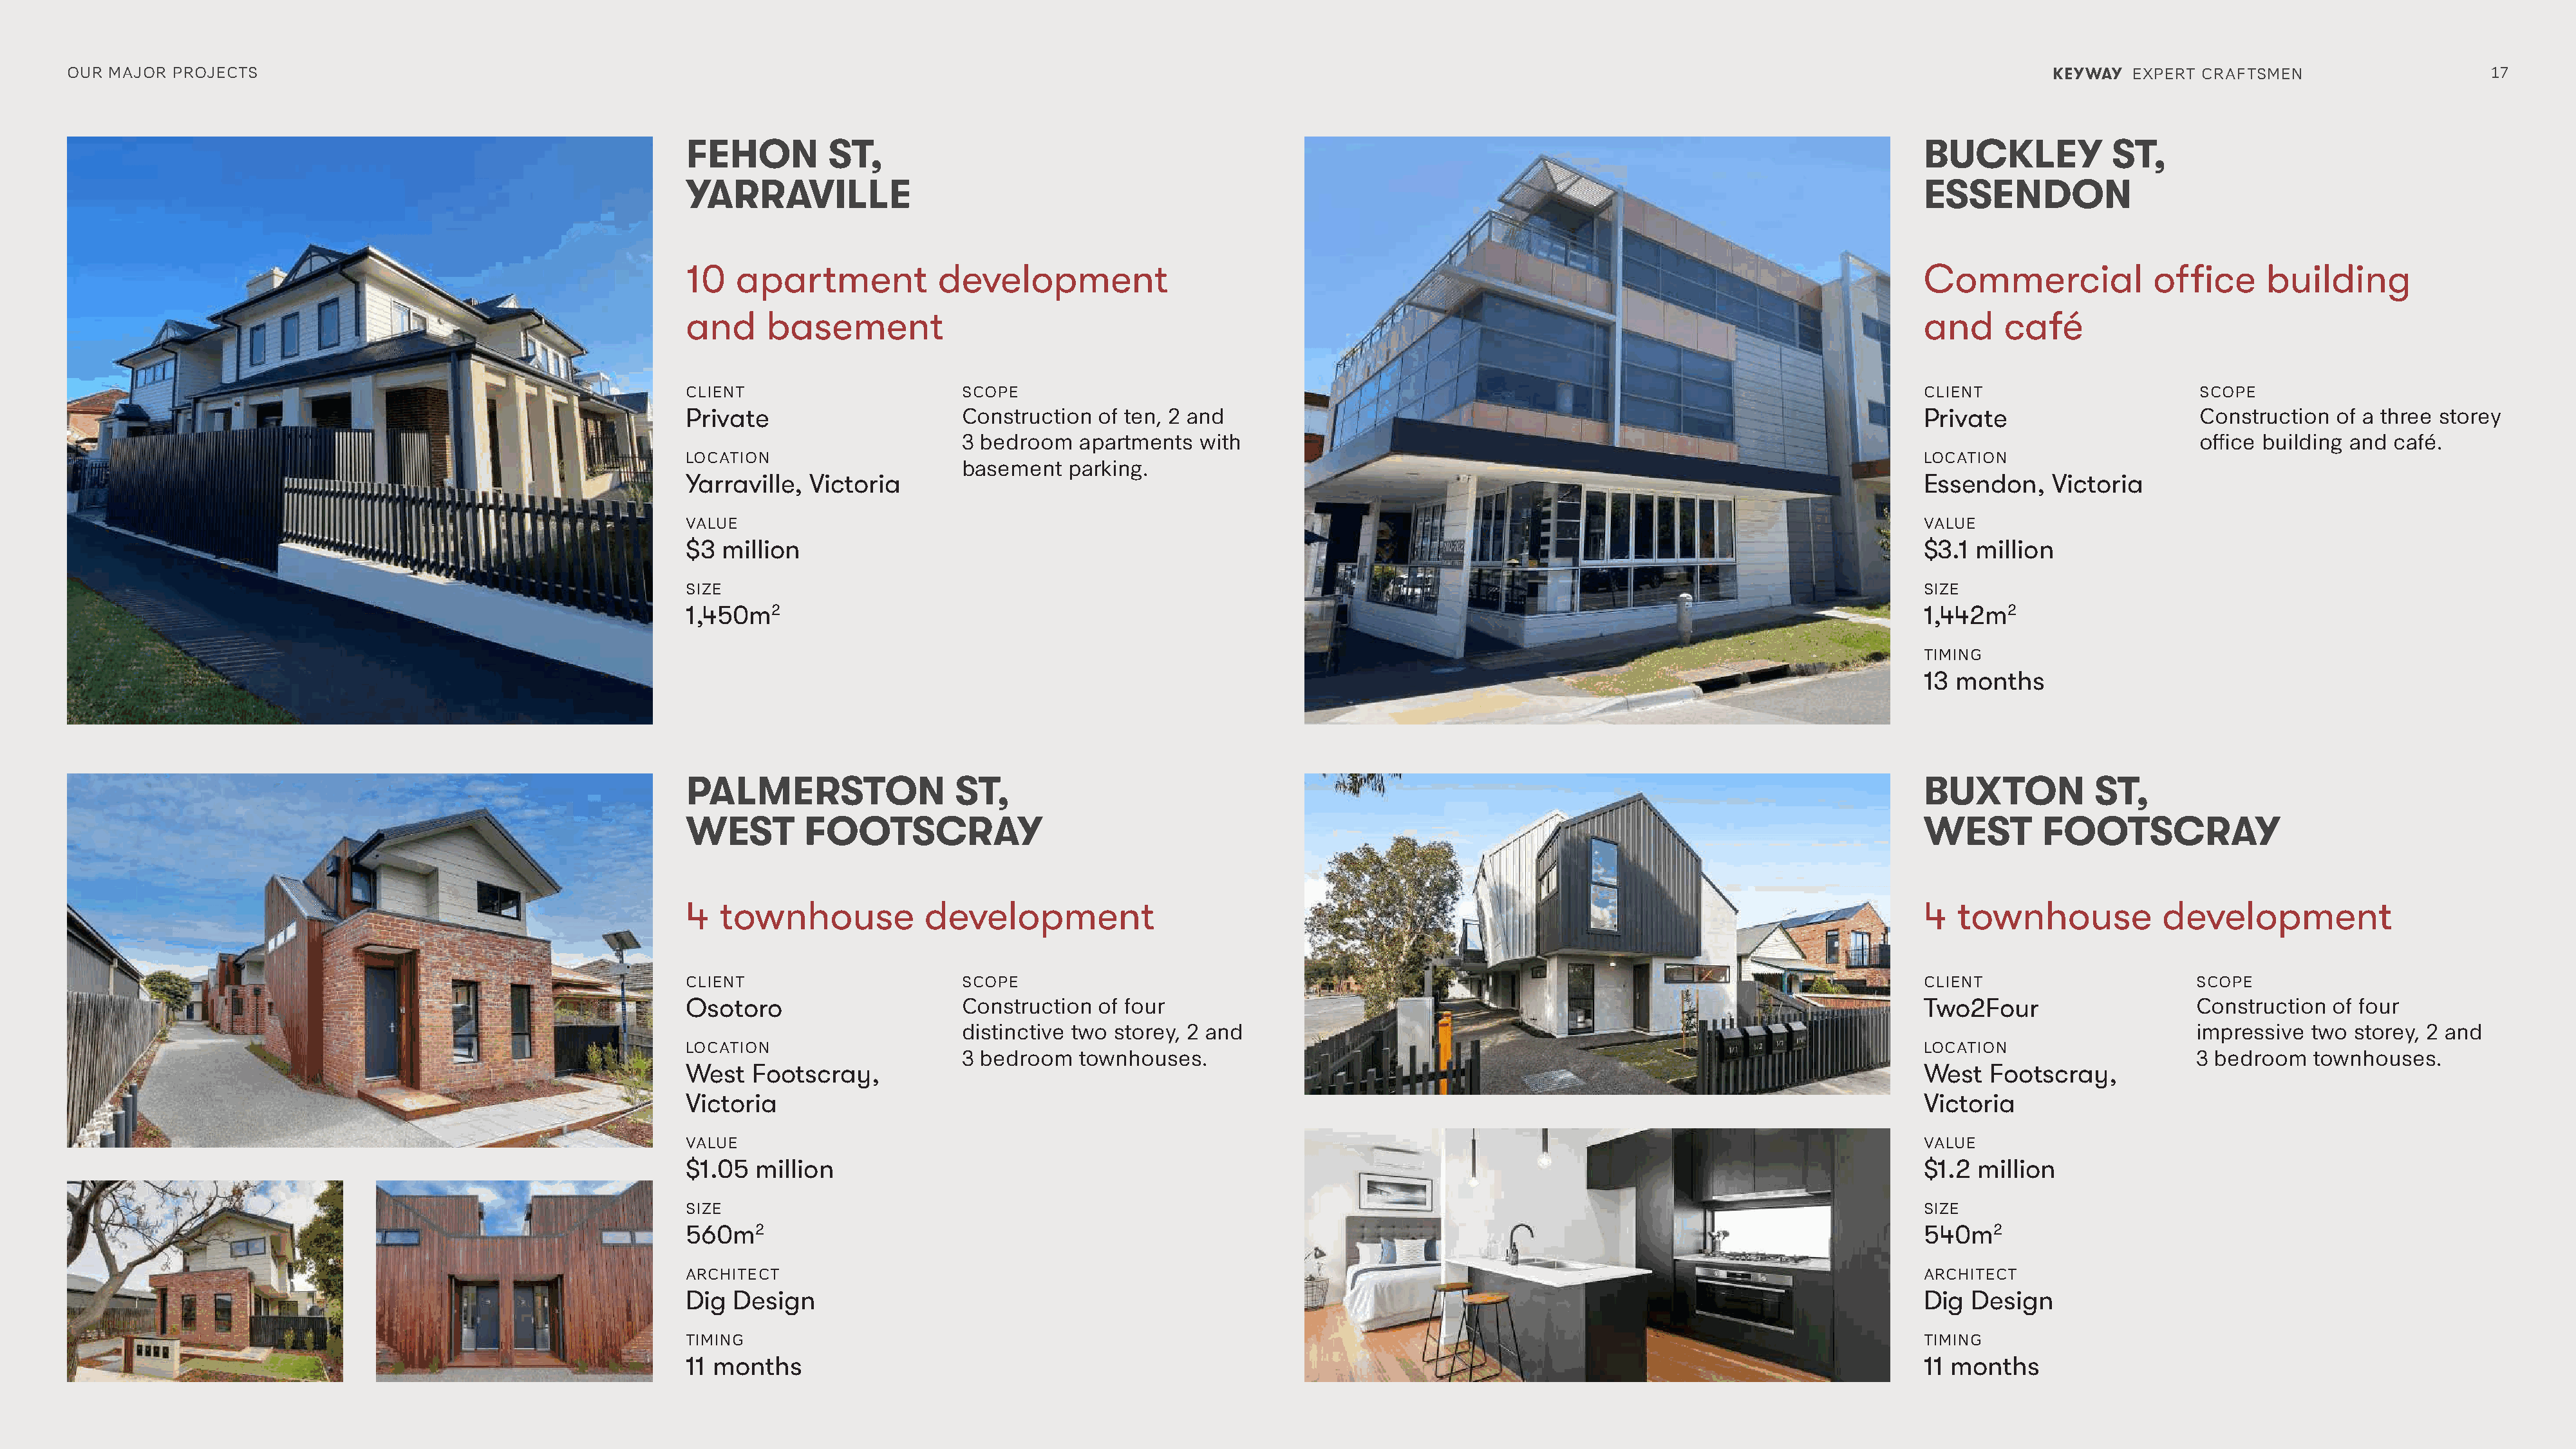
OUR MAJOR  PROJECTS                                                                                                                                                                                         KEYWAY  EXPERT CRAFTSMEN                     17
 FEHON         ST,                                                                                                              BUCKLEY            ST,
 YARRAVILLE                                                                                                                     ESSENDON
 10   apartment           development                                                                                           Commercial             office      building
 and     basement                                                                                                               and     café
 CLIENT                      SCOPE                                                                                              CLIENT                      SCOPE
 Private                     Construction  of ten, 2 and                                                                        Private                     Construction  of a three storey
 3 bedroom   apartments  with                                                                                                   office building and café.
 LOCATION                                                                                                                       LOCATION
 basement   parking.
 Yarraville, Victoria                                                                                                           Essendon,    Victoria
 VALUE                                                                                                                          VALUE
 $3 million                                                                                                                     $3.1 million
 SIZE                                                                                                                           SIZE
 1,450m2                                                                                                                        1,442m2
 TIMING
 13 months
 PALMERSTON                 ST,                                                                                                 BUXTON           ST,
 WEST        FOOTSCRAY                                                                                                          WEST        FOOTSCRAY
 4  townhouse            development                                                                                            4  townhouse            development
 CLIENT                      SCOPE                                                                                              CLIENT                      SCOPE
 Osotoro                     Construction  of four                                                                              Two2Four                    Construction  of four
 distinctive two storey, 2 and                                                                                                  impressive  two storey, 2 and
 LOCATION                                                                                                                       LOCATION
 3 bedroom   townhouses.                                                                                                        3 bedroom   townhouses.
 West  Footscray,                                                                                                               West   Footscray,
 Victoria                                                                                                                       Victoria
 VALUE                                                                                                                          VALUE
 $1.05  million                                                                                                                 $1.2 million
 SIZE                                                                                                                           SIZE
 560m2                                                                                                                          540m2
 ARCHITECT                                                                                                                      ARCHITECT
 Dig Design                                                                                                                     Dig  Design
 TIMING                                                                                                                         TIMING
 11 months                                                                                                                      11 months